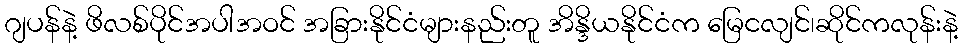
ဂျပန်နဲ့ ဖိလစ်ပိုင်အပါအဝင် အခြားနိုင်ငံများနည်းတူ အိန္ဒိယနိုင်ငံက မြေငလျင်၊ဆိုင်ကလုန်းနဲ့